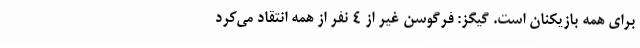
برای همه بازیکنان است. گیگز: فرگوسن غیر از 4 نفر از همه انتقاد می‌کرد